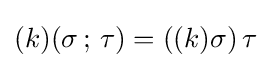
(k)(\sigma \,;\,\tau )=\left((k)\sigma \right)\tau